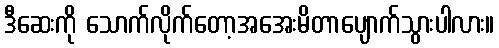
ဒီဆေးကို သောက်လိုက်တော့အအေးမိတာပျောက်သွားပါလား။